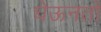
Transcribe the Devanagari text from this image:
घेऊनतो